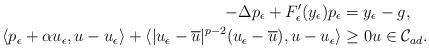
LaTeX: \begin{align*}-\Delta p_{\epsilon} + F_{\epsilon}'(y_{\epsilon}) p_{\epsilon} & = y_{\epsilon}-g,\\\langle p_{\epsilon} +\alpha u_{\epsilon}, u-u_{\epsilon} \rangle +\langle |u_{\epsilon}-\overline{u}|^{p-2} (u_{\epsilon}-\overline{u}), u-u_{\epsilon} \rangle&\ge 0 u\in \mathcal{C}_{ad}. \end{align*}